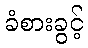
ခံစားခွင့်